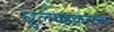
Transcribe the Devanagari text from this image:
धुलवडकराच्या